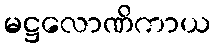
မဋ္ဌလောဏိကာယ